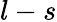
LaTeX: l-s